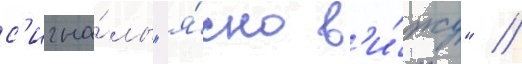
с'игна́лы "я́сно в'и́жу" //